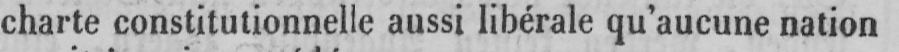
charte constitutionnelle aussi libérale qu’aucune nation